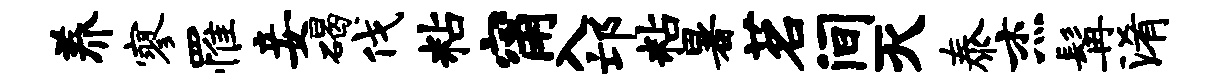
养寥罹妾碣伐粘甯入邙粘暑茗间灭泰杰髯淆